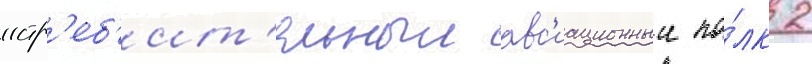
истр'еб'ит'ельныи ав'иационныи по́лк 2